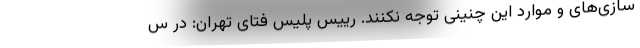
سازی‌های و موارد این چنینی توجه نکنند. رییس پلیس فتای تهران: در س